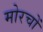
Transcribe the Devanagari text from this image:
मोरचों